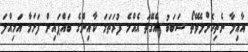
އާއިލާ ނެތިކޮށްލެވޭތޯ ސަބަބު އެގޭތަ އެއްމެ ފުރަތަމަ ކާއިންގެ ބައްޕައިން ފަށަމާ އަމިއްލަ